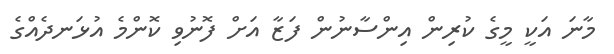
މާނަ އަކީ މީގެ ކުރިން އިންސާނުން ފަޒާ އަށް ފޮނުވި ކޮންމެ އުޅަނދެއްގެ